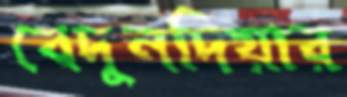
বেদুনদিয়ার